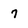
Character: 7